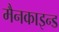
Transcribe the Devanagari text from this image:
मैनकाइन्ड